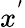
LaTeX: x^{'}